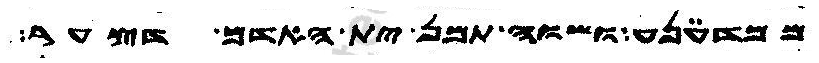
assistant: ממדענע ושוה תמן ית האדם דצער